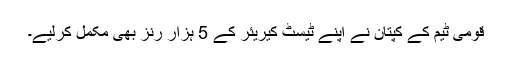
قومی ٹیم کے کپتان نے اپنے ٹیسٹ کیریئر کے 5 ہزار رنز بھی مکمل کرلیے۔